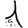
Digit: 1